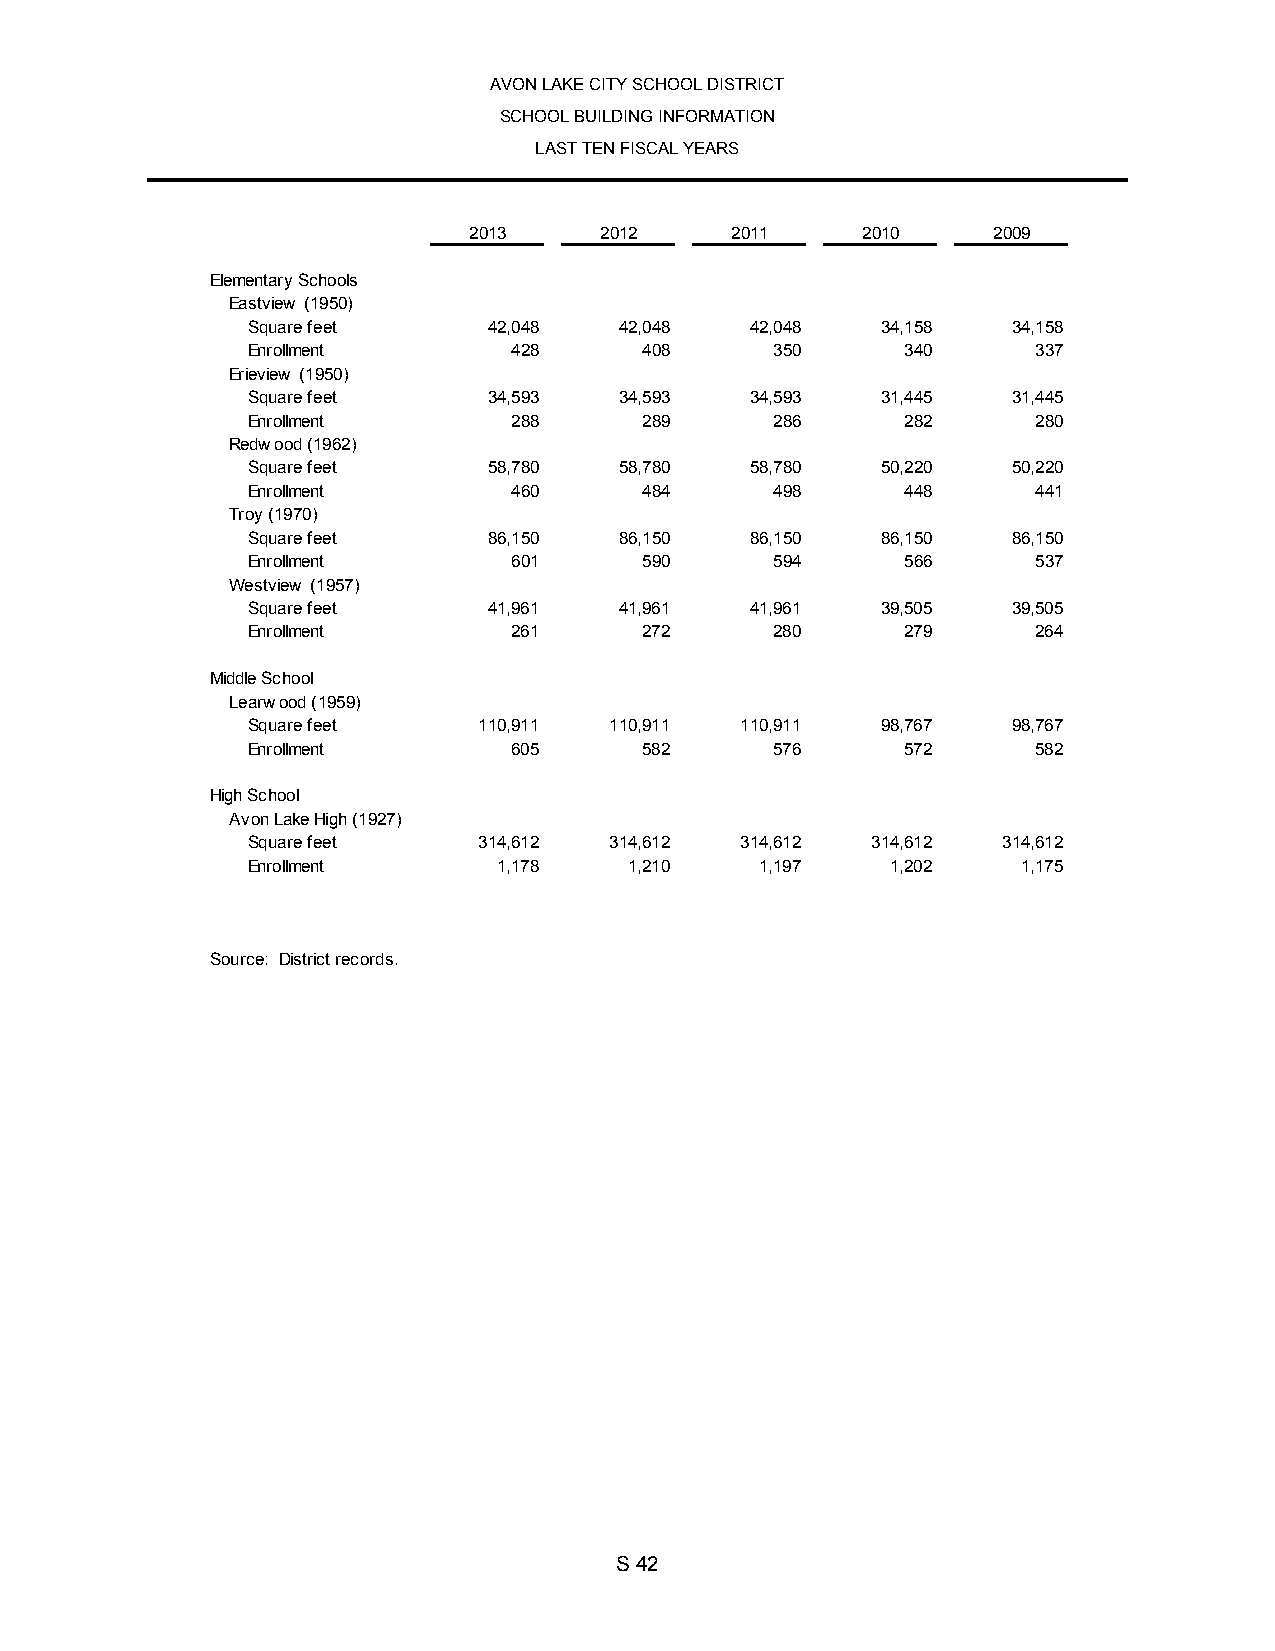
AVON LAKE CITY SCHOOL DISTRICT
 SCHOOL BUILDING INFORMATION
 LAST TEN FISCAL YEARS
 2013     2012    2011     2010     2009
 Elementary Schools
 Eastview (1950)
 Square feet     42,048   42,048   42,048  34,158   34,158
 Enrollment        428      408     350      340      337
 Erieview (1950)
 Square feet     34,593   34,593   34,593  31,445   31,445
 Enrollment        288      289     286      282      280
 Redwood (1962)
 Square feet     58,780   58,780   58,780  50,220   50,220
 Enrollment        460      484     498      448      441
 Troy (1970)
 Square feet     86,150   86,150   86,150  86,150   86,150
 Enrollment        601      590     594      566      537
 Westview (1957)
 Square feet     41,961   41,961   41,961  39,505   39,505
 Enrollment        261      272     280      279      264
 Middle School
 Learwood (1959)
 Square feet     110,911 110,911  110,911  98,767   98,767
 Enrollment        605      582     576      572      582
 High School
 Avon Lake High (1927)
 Square feet     314,612 314,612  314,612  314,612 314,612
 Enrollment       1,178    1,210   1,197    1,202    1,175
 Source: District records.
 S 42